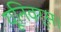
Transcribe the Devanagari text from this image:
यूनिवर्स।